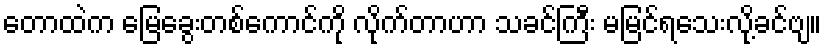
တောထဲက မြေခွေးတစ်ကောင်ကို လိုက်တာဟာ သခင်ကြီး မမြင်ရသေးလို့ခင်ဗျ။